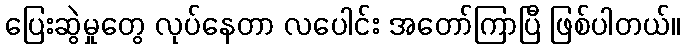
ပြေးဆွဲမှုတွေ လုပ်နေတာ လပေါင်း အတော်ကြာပြီ ဖြစ်ပါတယ်။